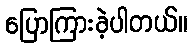
ပြောကြားခဲ့ပါတယ်။